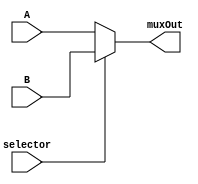
module mux(
	input[31:0] A,
	input[31:0] B,
	input selector,
	output[31:0] muxOut
);

assign muxOut = selector ? B : A;

endmodule